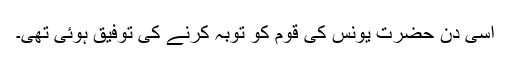
اسی دن حضرت یونسؑ کی قوم کو توبہ کرنے کی توفیق ہوئی تھی۔